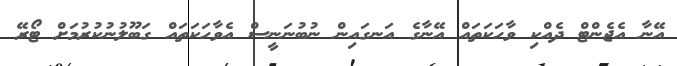
އޭނާ އެޖެންޓް ދެއްކި ވާހަކަތައް އޭނާގެ އަނގައިން ނުބުނަނީސް އެވާހަކަތައް ގަބޫލުނުކުރުމަށް ޓޯރޭ